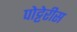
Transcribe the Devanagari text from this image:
पोट्टेरीस